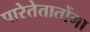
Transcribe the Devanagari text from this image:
पारेतेतातोंगा